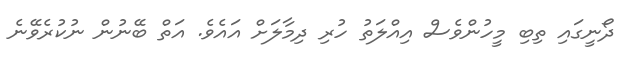
ދޯނީގައި ތިބި މީހުންވެސް އިއްލަތު ހުރި ދިމާލަށް އައެވެ. އަތް ބޭނުން ނުކުރެވޭނެ